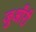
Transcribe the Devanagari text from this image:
जुआँरी